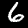
Label: 6